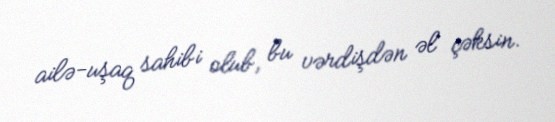
ailə-uşaq sahibi olub, bu vərdişdən əl çəksin.